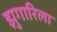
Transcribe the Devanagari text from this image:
झुगारिला